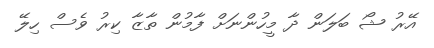
އޭރު ޝޯ ބަލަން ދާ މީހުންނަށް ފާމުން ތާޒާ ކިރު ވެސް ހިލޭ